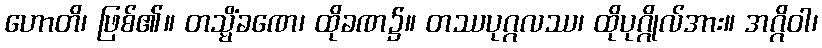
ဟောတိ၊ ဖြစ်၏။ တသ္မိံခဏေ၊ ထိုခဏ၌။ တဿပုဂ္ဂလဿ၊ ထိုပုဂ္ဂိုလ်အား။ အဂ္ဂိဝါ၊